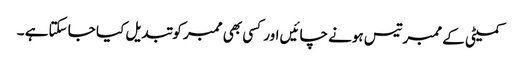
کمیٹی کے ممبرتیس ہونے چائیں اور کسی بھی ممبر کو تبدیل کیا جا سکتاہے ۔